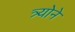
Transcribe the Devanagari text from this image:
त्र्योने